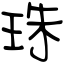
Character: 珠